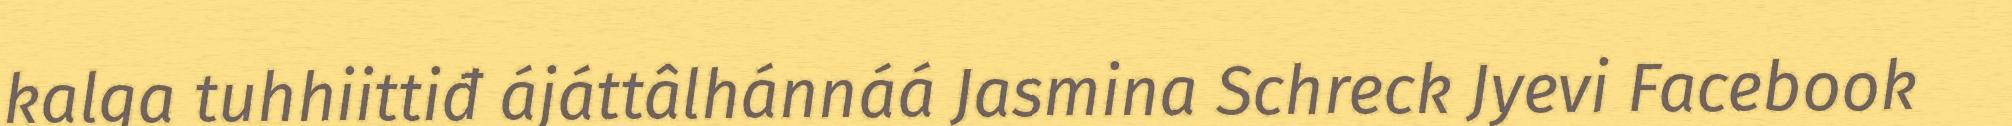
kalga tuhhiittiđ ájáttâlhánnáá Jasmina Schreck Jyevi Facebook